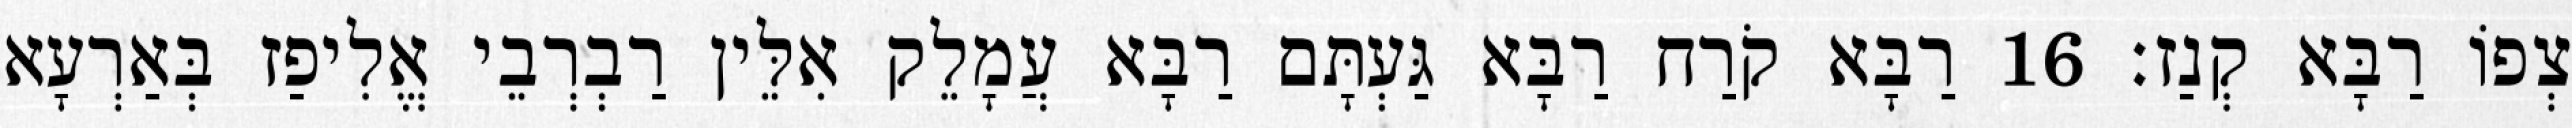
צְפוֹ רַבָּא קְנַז׃ 16 רַבָּא קֹרַח רַבָּא גַּעְתָּם רַבָּא עֲמָלֵק אִלֵּין רַבְרְבֵי אֱלִיפַז בְּאַרְעָא